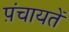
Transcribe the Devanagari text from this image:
प़ंचायतें